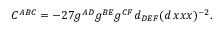
C ^ { A B C } = - 2 7 g ^ { A D } g ^ { B E } g ^ { C F } d _ { D E F } ( d \, x x x ) ^ { - 2 } .